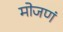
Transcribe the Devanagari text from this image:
मोजणं